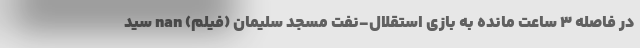
در فاصله ۳ ساعت مانده به بازی استقلال-نفت مسجد سلیمان (فیلم) nan سید